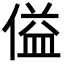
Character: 𪝞